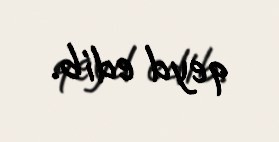
qeyd edib.